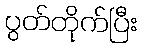
ပွတ်တိုက်ပြီး